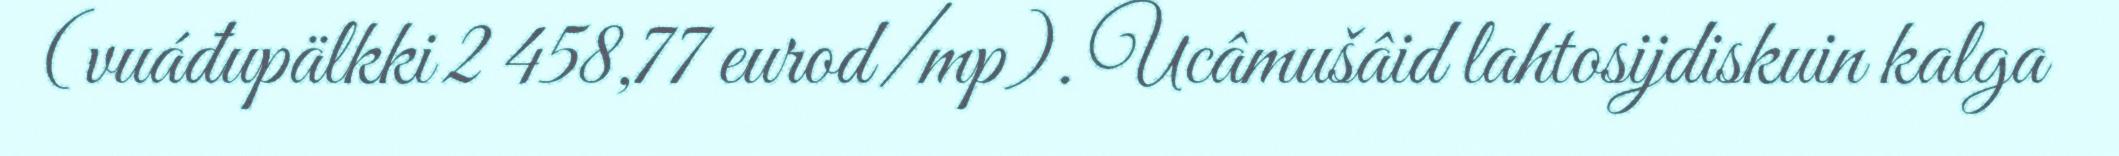
(vuáđupälkki 2 458,77 eurod/mp). Ucâmušâid lahtosijdiskuin kalga